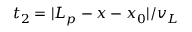
t _ { 2 } = | L _ { p } - x - x _ { 0 } | / v _ { L }